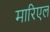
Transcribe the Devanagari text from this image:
मारिएल